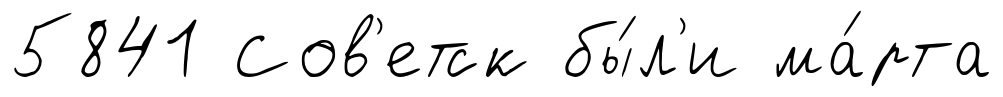
5841 Сов'етск бы́л'и ма́рта